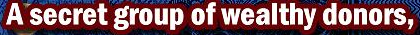
A secret group of wealthy donors,